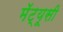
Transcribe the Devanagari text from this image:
मॅट्यूसी